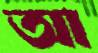
আ